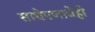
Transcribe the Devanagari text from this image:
साधेपणाचेही